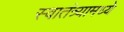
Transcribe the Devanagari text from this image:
स्वातंत्र्यामध्ये